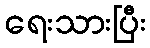
ရေးသားပြီး